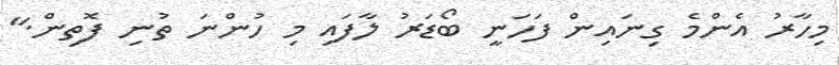
މިހާރު އެންމެ ގިނައިން ފަހަނީ ބޯޑަރު ލާފައި މި ހުންނަ ތުނި ފޮތިން."